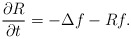
\begin{align*}\frac{\partial R}{\partial t}=-\Delta f-Rf.\end{align*}